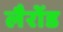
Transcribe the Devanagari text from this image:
लैरोंड